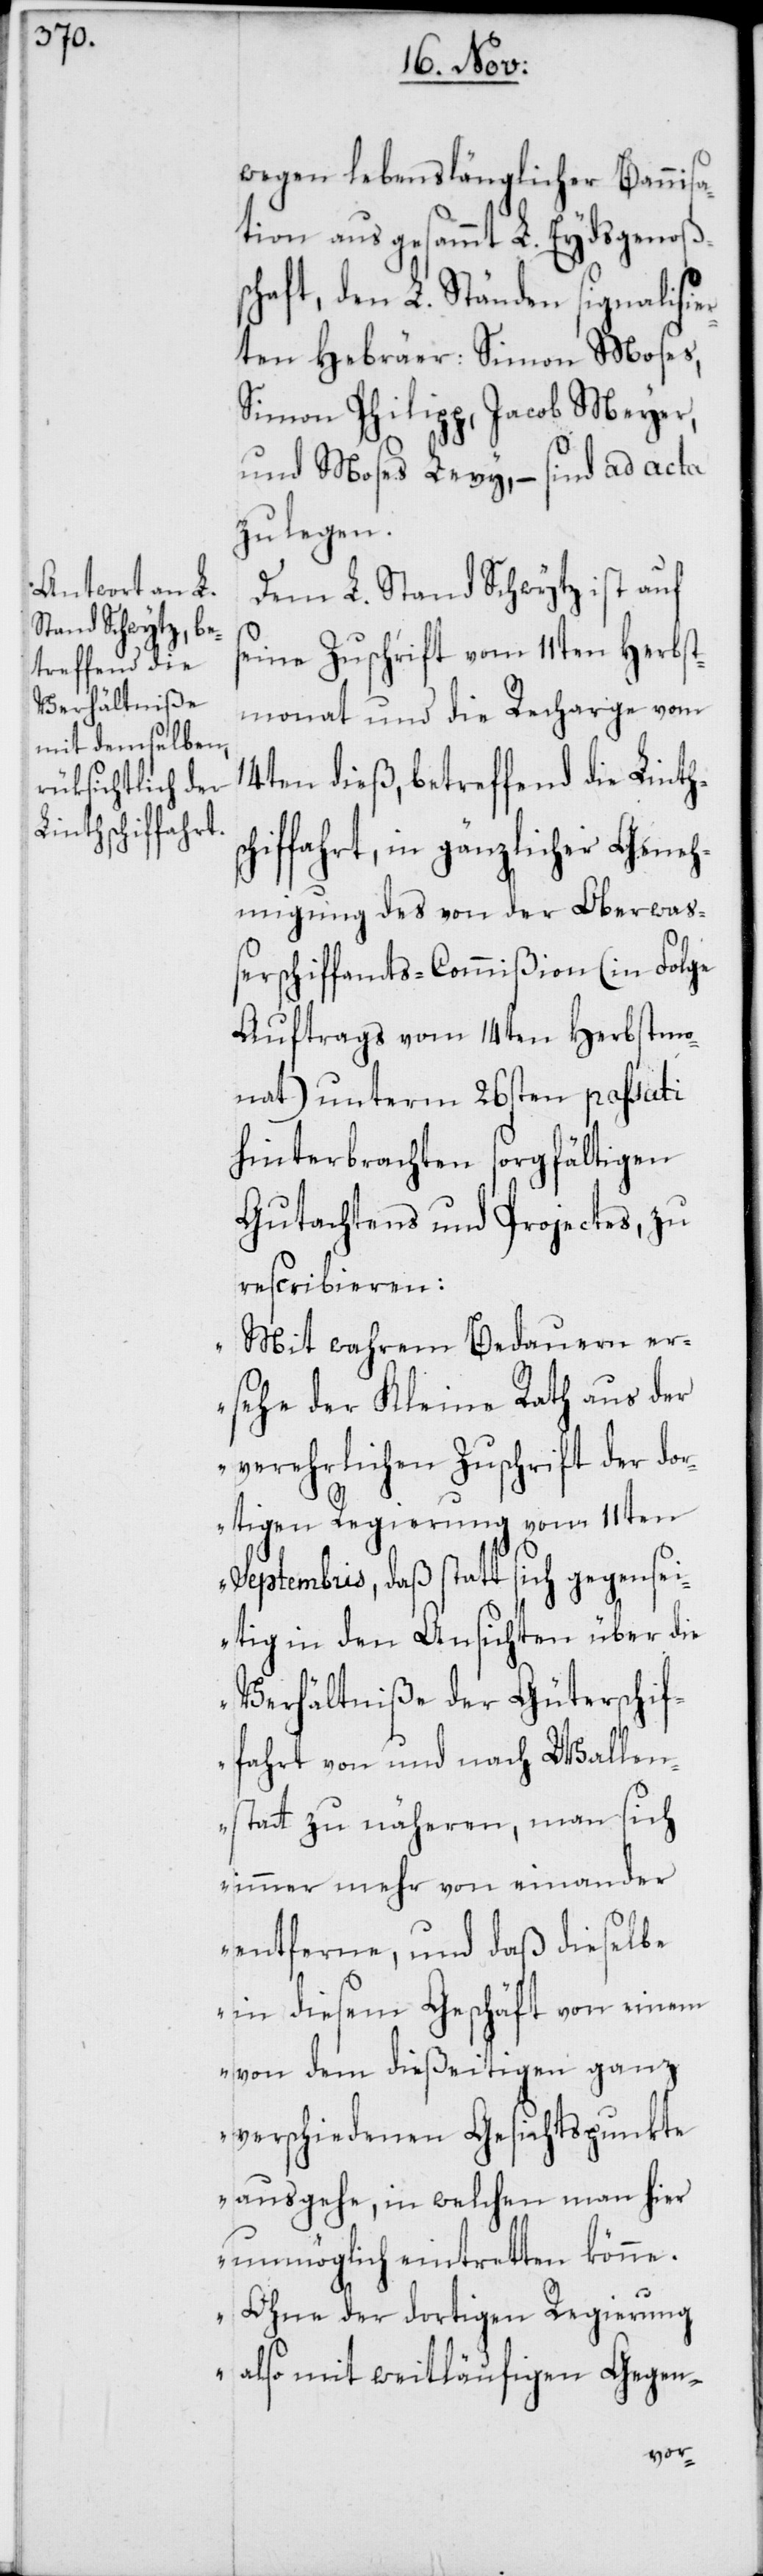
sc¬

wegen lebenslänglicher Bannisa¬
tion aus gesammt L. Eydsgenoß¬
schaft, den L. Ständen signalisie¬
rten Hebräer: Simon Moses,
Simon Philipp, Jacob Meyer
und Moses Levy, – sind ad acta
zu legen.
Dem L. Stand Schwytz ist auf
seine Zuschrift vom 11ten Herbst¬
monat und die Recharge vom
14ten dieß, betreffend die Linth¬
hiffahrt, in gänzlicher Geneh¬
migung des von der Oberwaß¬
erschiffamts-Commißion (in Folge
Auftrags vom 14ten Herbstmo¬
nat) unterm 26sten passati
hinterbrachten sorgfältigen
Gutachtens und Projectes, zu
rescribieren:
„Mit wahrem Bedauern er¬
sehe der Kleine Rath aus der
verehrlichen Zuschrift der dor¬
tigen Regierung vom 11ten
Septembris, daß statt sich gegensei¬
tig in den Ansichten über die
Verhältniße der Güterschif¬
fahrt von und nach Wallen¬
statt zu näheren, man sich
immer mehr von einander
entferne, und daß dieselbe
in diesem Geschäft von einem
von dem dießeitigen ganz
verschiedenen Gesichtspunkte
ausgehe, in welchen man hier
unmöglich eintretten könne.
Ohne der dortigen Regierung
also mit weitläufigen Gegen-